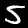
Label: 5